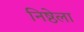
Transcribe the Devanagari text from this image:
निष्ठेला